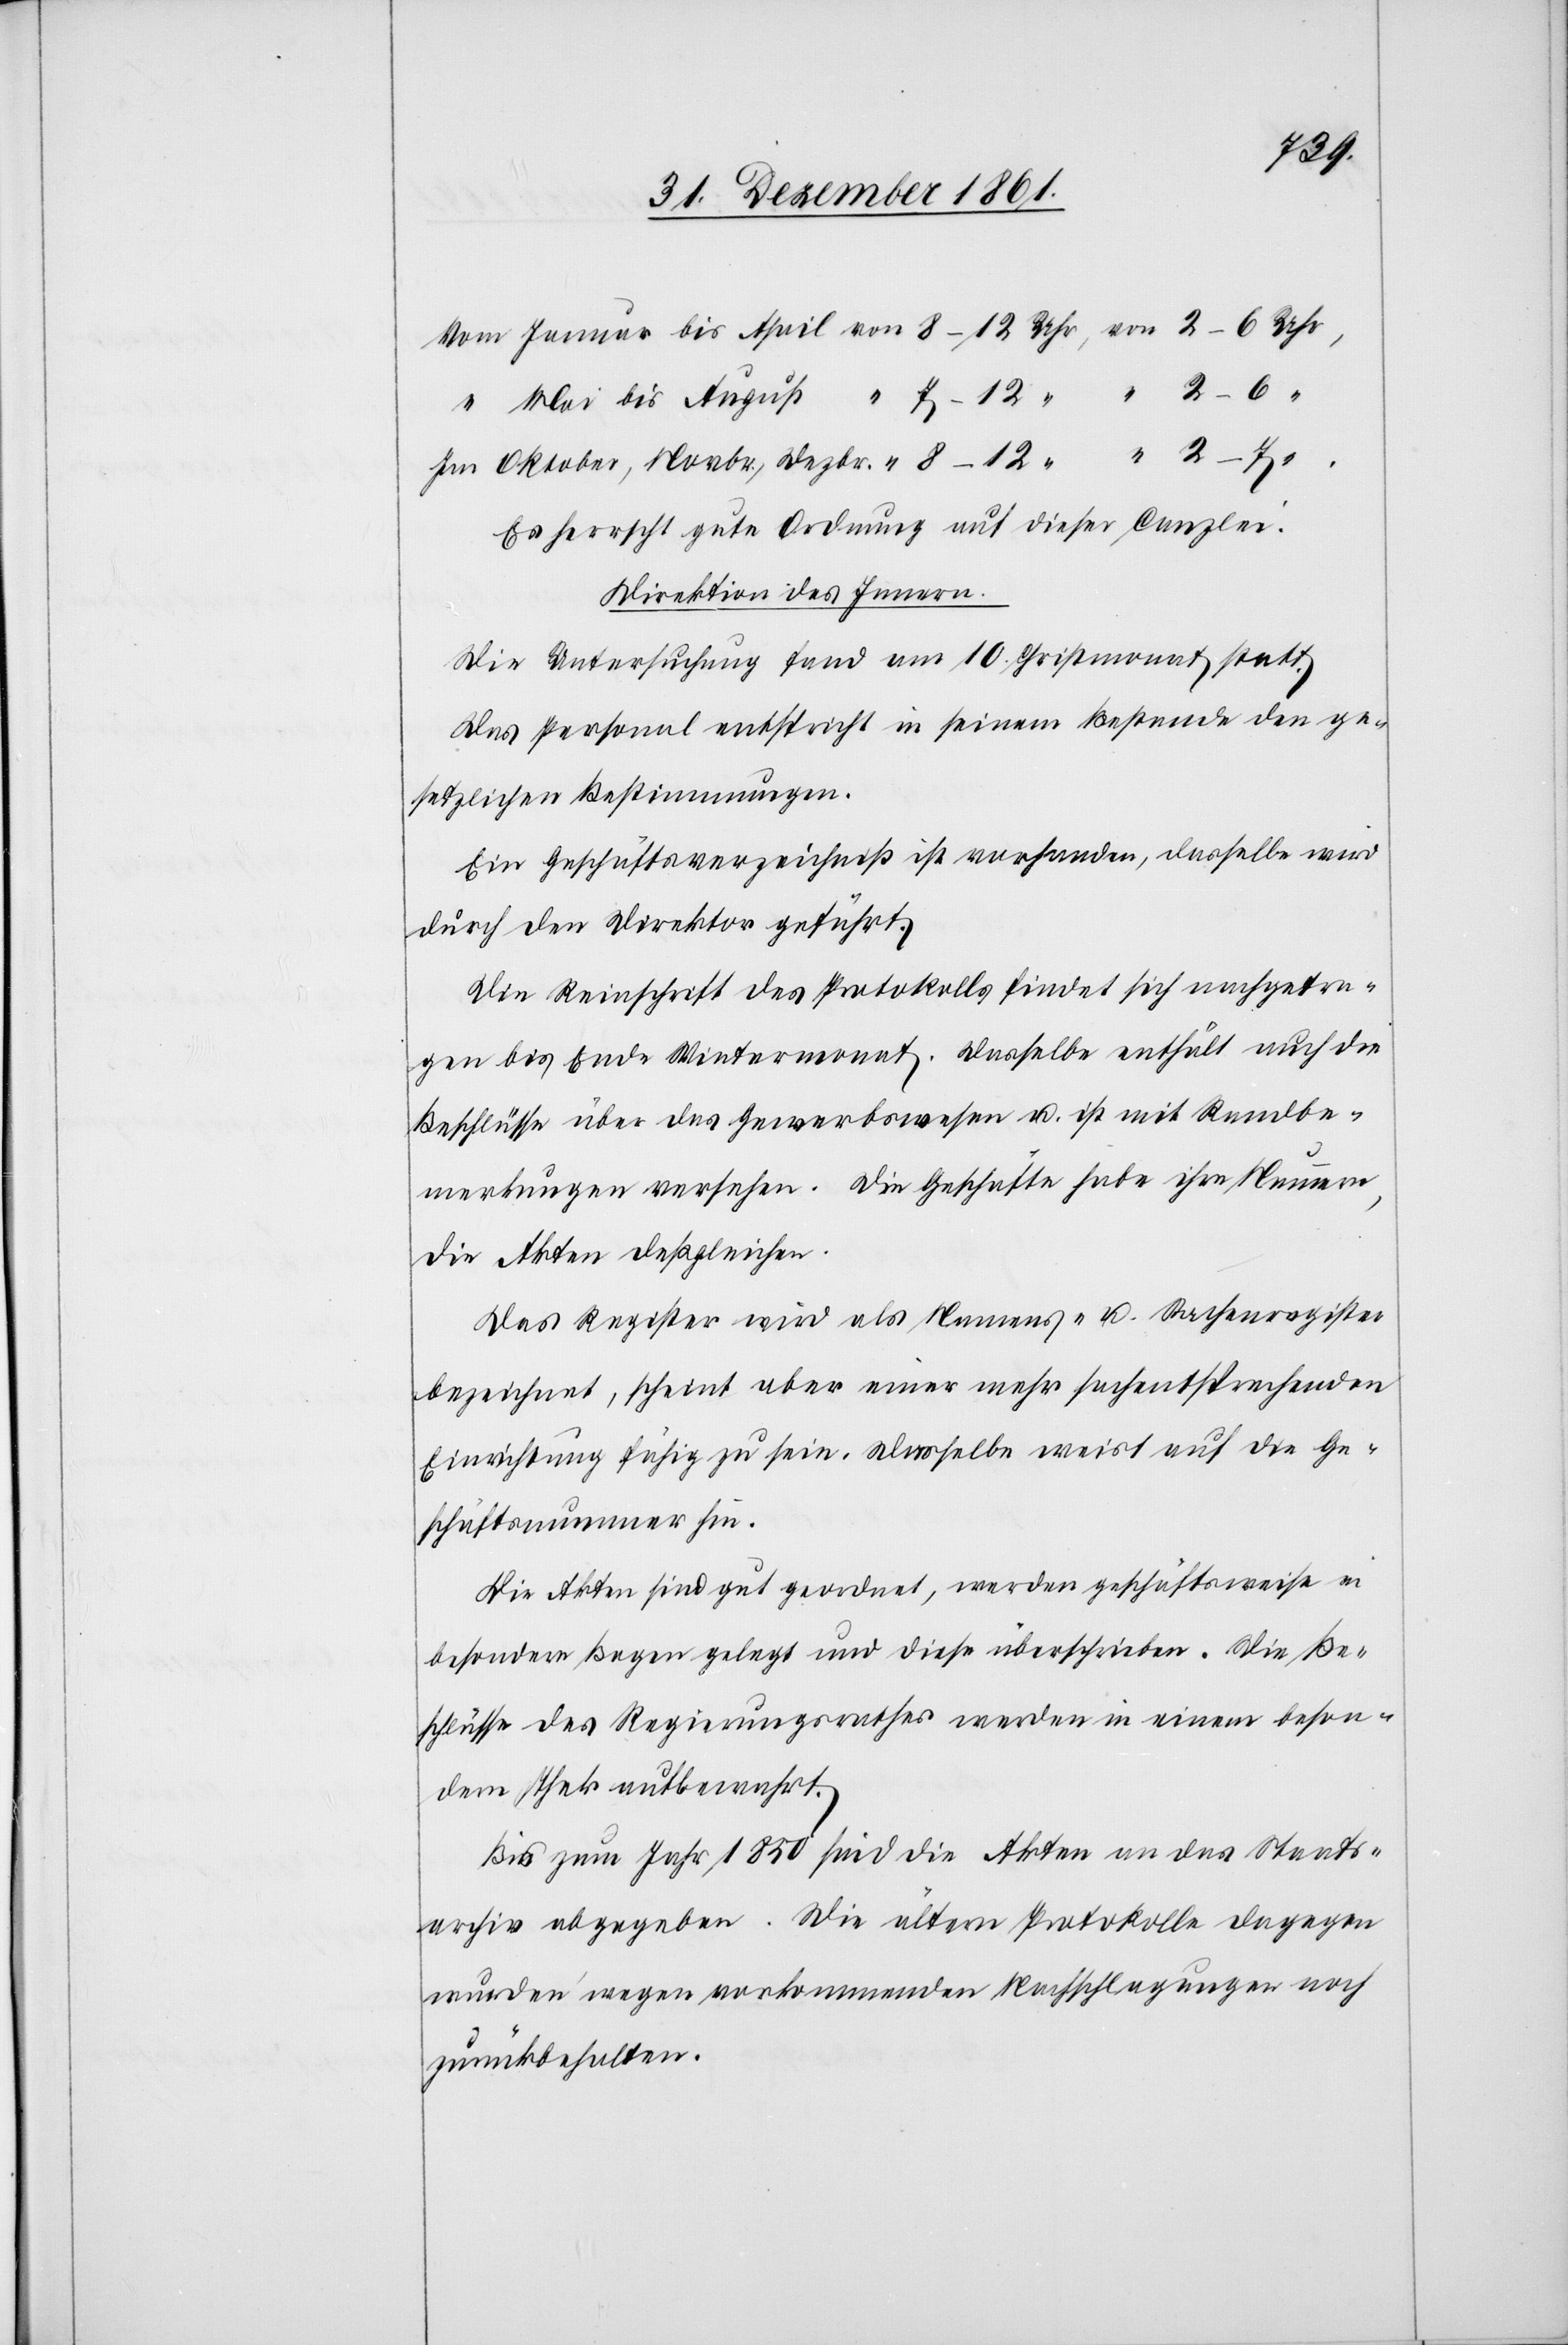
Novbr.,
Es herrscht gute Ordnung auf dieser Canzlei.
Direktion des Innern.
Die Untersuchung fand am 10 Christmonat statt.
Das Personal entspricht in seinem Bestande den ge¬
setzlichen Bestimmungen.
Ein Geschäftsverzeichniß ist vorhanden, dasselbe wird
durch den Direktor geführt.
Die Reinschrift des Protokolls findet sich nachgetra¬
gen bis Ende Wintermonat. Dasselbe enthält auch die
Beschlüsse über das Gewerbswesen u. ist mit Randbe¬
merkungen versehen. Die Geschäfte habe[n] ihre Nummern,
die Akten deßgleichen.
Das Register wird als Namens- u. Sachenregister
bezeichnet, scheint aber einer mehr sachentsprechenden
Einrichtung fähig zu sein. Dasselbe weist auf die Ge¬
schäftsnummern hin.
Die Akten sind gut geordnet, werden geschäftsweise in
besondere Begen [sic!] gelegt und diese überschrieben. Die Be¬
schlüsse des Regierungsrathes werden in einem beson¬
dern Thek aufbewahrt.
Bis zum Jahr 1850 sind die Akten an das Staats¬
archiv abgegeben. Die ältern Protokolle dagegen
wurden wegen vorkommenden Nachschlagungen noch
zurückbehalten.